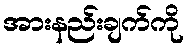
အားနည်းချက်ကို